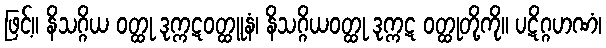
ဖြင့်။ နိသဂ္ဂိယ ဝတ္ထု ဒုက္ကဋဝတ္ထူနံ၊ နိသဂ္ဂိယဝတ္ထု ဒုက္ကဋ ဝတ္ထုတို့ကို။ ပဋိဂ္ဂဟဏံ၊